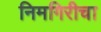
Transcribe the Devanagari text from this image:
निमगिरीचा